Civil Veterinary Department ledger series I-VI
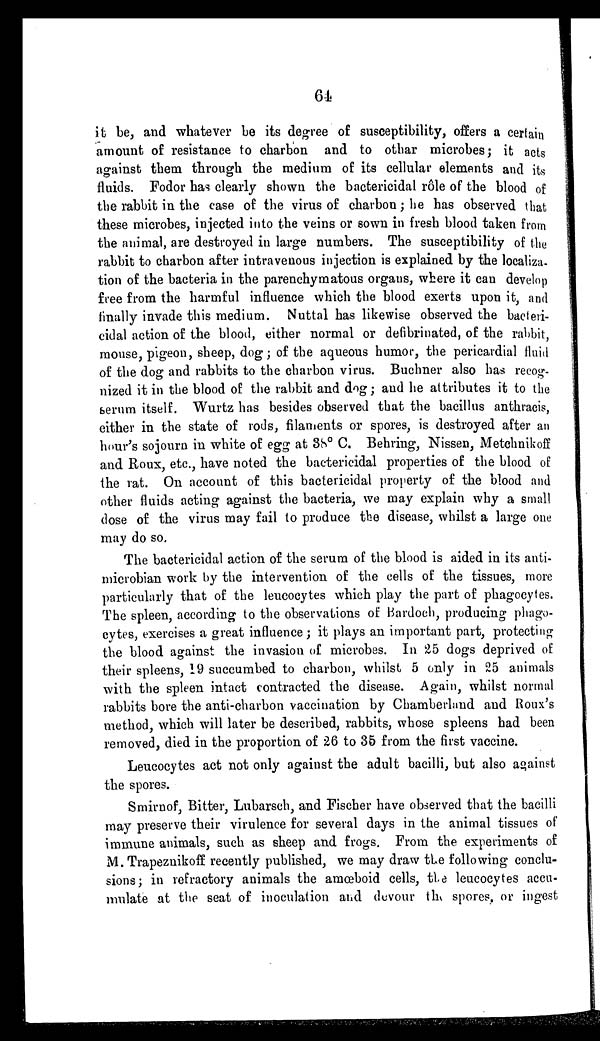
64
it be, and whatever be its degree of susceptibility, offers a certain
amount of resistance to charbon and to othar microbes; it acts
against them through the medium of its cellular elements and its
fluids. Fodor has clearly shown the bactericidal rôle of the blood of
the rabbit in the case of the virus of charbon; he has observed that
these microbes, injected into the veins or sown in fresh blood taken from
the animal, are destroyed in large numbers. The susceptibility of the
rabbit to charbon after intravenous injection is explained by the localiza-
tion of the bacteria in the parenchymatous organs, where it can develop
free from the harmful influence which the blood exerts upon it, and
finally invade this medium. Nuttal has likewise observed the bacteri-
cidal action of the blood, either normal or defibrinated, of the rabbit,
mouse, pigeon, sheep, dog; of the aqueous humor, the pericardial fluid
of the dog and rabbits to the charbon virus. Buchner also has recog-
nized it in the blood of the rabbit and dog; and he attributes it to the
serum itself. Wurtz has besides observed that the bacillus anthracis,
either in the state of rods, filaments or spores, is destroyed after an
hour's sojourn in white of egg at 38º C. Behring, Nissen, Metchnikoff
and Roux, etc., have noted the bactericidal properties of the blood of
the rat. On account of this bactericidal property of the blood and
other fluids acting against the bacteria, we may explain why a small
dose of the virus may fail to produce the disease, whilst a large one
may do so.
The bactericidal action of the serum of the blood is aided in its anti-
microbian work by the intervention of the cells of the tissues, more
particularly that of the leucocytes which play the part of phagocytes.
The spleen, according to the observations of Bardoch, producing phago-
cytes, exercises a great influence; it plays an important part, protecting
the blood against the invasion of microbes. In 25 dogs deprived of
their spleens, 19 succumbed to charbon, whilst 5 only in 25 animals
with the spleen intact contracted the disease. Again, whilst normal
rabbits bore the anti-charbon vaccination by Chamberland and Roux's
method, which will later be described, rabbits, whose spleens had been
removed, died in the proportion of 26 to 35 from the first vaccine.
Leucocytes act not only against the adult bacilli, but also against
the spores.
Smirnof, Bitter, Lubarsch, and Fischer have observed that the bacilli
may preserve their virulence for several days in the animal tissues of
immune animals, such as sheep and frogs. From the experiments of
M. Trapeznikoff recently published, we may draw the following conclu-
sions; in refractory animals the amœboid cells, the leucocytes accu-
mulate at the seat of inoculation and devour the spores, or ingest